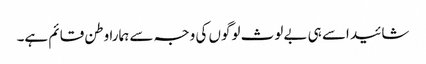
شائید اسے ہی بے لوث لوگوں کی وجہ سے ہمارا وطن قائم ہے۔